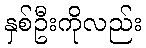
နှစ်ဦးကိုလည်း